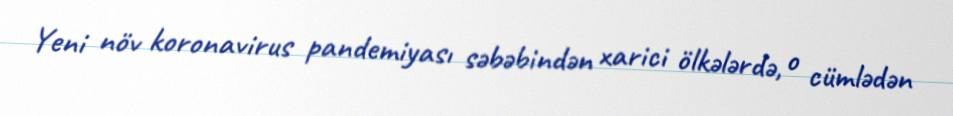
Yeni növ koronavirus pandemiyası səbəbindən xarici ölkələrdə, o cümlədən